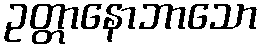
ဥတ္တာနောဘာသော